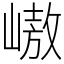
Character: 㠂